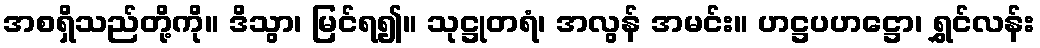
အစရှိသည်တို့ကို။ ဒိသွာ၊ မြင်ရ၍။ သုဋ္ဌုတရံ၊ အလွန် အမင်း။ ဟဋ္ဌပဟဋ္ဌော၊ ရွှင်လန်း